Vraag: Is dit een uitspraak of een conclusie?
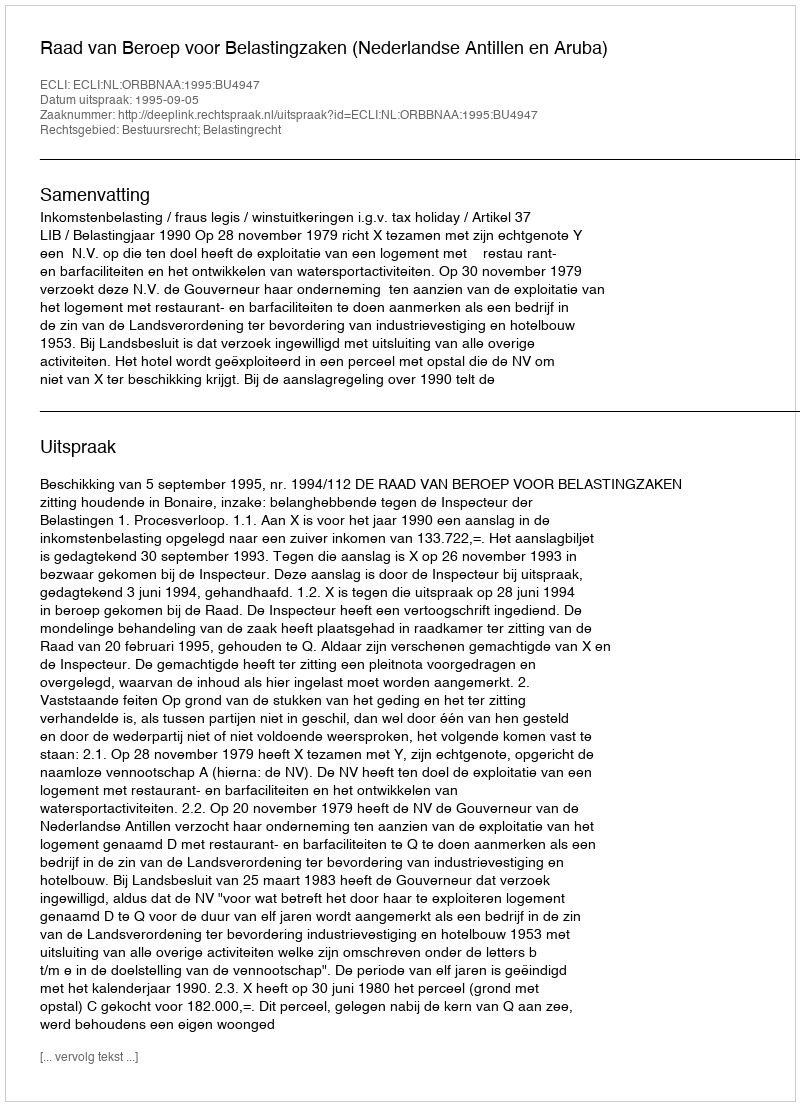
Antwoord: Uitspraak